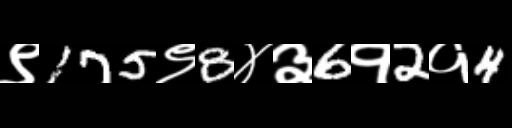
Text: ९175९8४३6१2१4